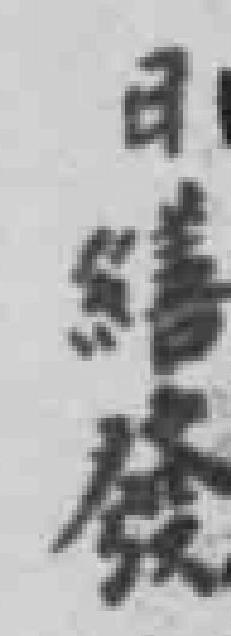
日缮發